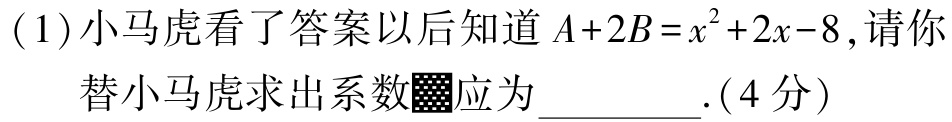
(1)小马虎看了答案以后知道\(A + 2B=x^{2}+2x - 8\)，请你

替小马虎求出系数■■应为__________.(4分)